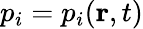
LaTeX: p_{i}=p_{i}(\textbf{r},t)